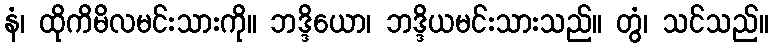
နံ၊ ထိုကိမိလမင်းသားကို။ ဘဒ္ဒိယော၊ ဘဒ္ဒိယမင်းသားသည်။ တွံ၊ သင်သည်။